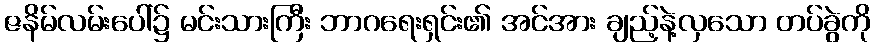
ဇနိမ်လမ်းပေါ်၌ မင်းသားကြီး ဘာဂရေးရှင်း၏ အင်အား ချည့်နဲ့လှသော တပ်ခွဲကို